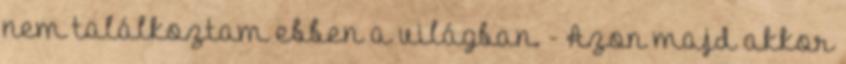
nem találkoztam ebben a világban. - Azon majd akkor